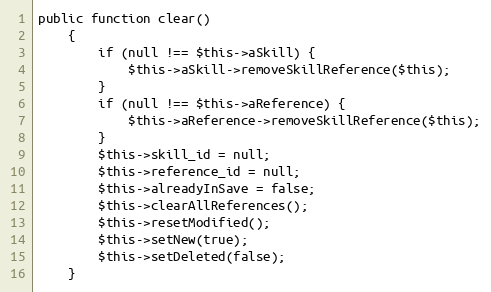
Language: PHP
public function clear()
    {
        if (null !== $this->aSkill) {
            $this->aSkill->removeSkillReference($this);
        }
        if (null !== $this->aReference) {
            $this->aReference->removeSkillReference($this);
        }
        $this->skill_id = null;
        $this->reference_id = null;
        $this->alreadyInSave = false;
        $this->clearAllReferences();
        $this->resetModified();
        $this->setNew(true);
        $this->setDeleted(false);
    }